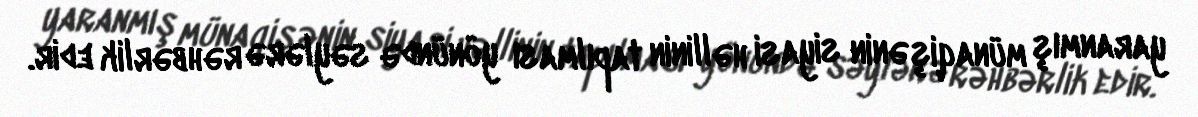
yaranmış münaqişənin siyasi həllinin tapılması yönündə səylərə rəhbərlik edir.